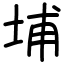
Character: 埔